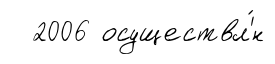
2006 осуществл'́н